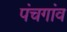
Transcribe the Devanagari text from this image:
पंचगांव